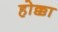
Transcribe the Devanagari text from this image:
होक्का